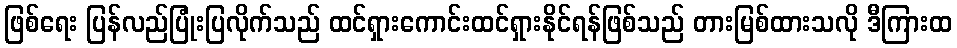
ဖြစ်ရေး ပြန်လည်ပြုံးပြလိုက်သည် ထင်ရှားကောင်းထင်ရှားနိုင်ရန်ဖြစ်သည် တားမြစ်ထားသလို ဒီကြားထ